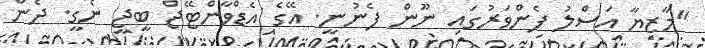
"މާޒިޔާ އަސްލު ފެންވަރުގައި ނޫން ފެނުނީ. އޭގެ އެޑްވާންޓޭޖް ބީޖީ ނެގީ. ދެން